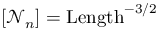
[ \mathcal { N } _ { n } ] = \mathrm { L e n g t h } ^ { - 3 / 2 }